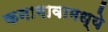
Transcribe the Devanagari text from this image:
कनागावामध्ये